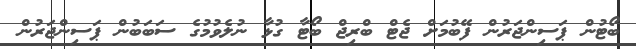
ބޯޓުން ޕަސިންޖަރުން ފޭބުމަށް ޖެޓް ބްރިޖް ބޯޓާ ގުޅާ ނުލެވުމުގެ ސަބަބުން ޕަސިންޖަރުން